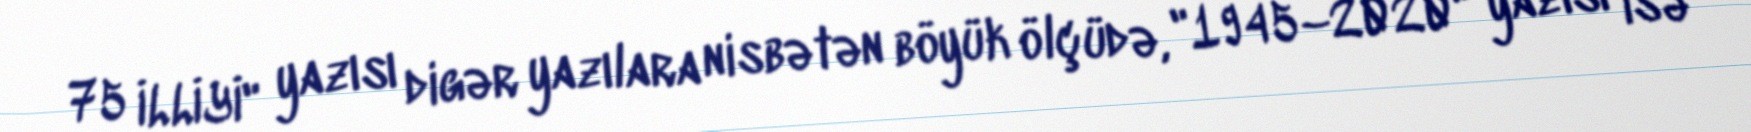
75 İLLİYİ" yazısı digər yazılara nisbətən böyük ölçüdə, "1945–2020" yazısı isə